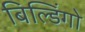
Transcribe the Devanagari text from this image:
बिल्डिंगो